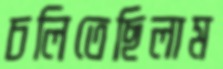
চলিতেছিলাম